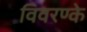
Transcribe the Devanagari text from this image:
विवरण्के